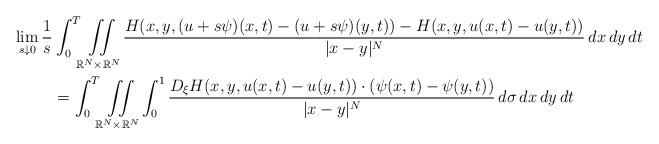
LaTeX: \begin{align*} \lim_{s\downarrow 0}\frac{1}{s} &\int_0^T\iint\limits_{\mathbb{R}^N\times \mathbb{R}^N} \frac{H(x,y,(u+s\psi)(x,t)-(u+s\psi)(y,t))-H(x,y,u(x,t)-u(y,t))}{|x-y|^N}\,dx\,dy\,dt\\ &=\int_0^T\iint\limits_{\mathbb{R}^N\times \mathbb{R}^N} \int_0^1 \frac{D_\xi H(x,y,u(x,t)-u(y,t))\cdot(\psi(x,t)-\psi(y,t))}{|x-y|^N}\,d\sigma\,dx\,dy\,dt \end{align*}